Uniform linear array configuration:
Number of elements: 8
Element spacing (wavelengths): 0.25
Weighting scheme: hamming
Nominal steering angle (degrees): -15
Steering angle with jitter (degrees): -14.408
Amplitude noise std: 0.05
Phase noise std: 0.05

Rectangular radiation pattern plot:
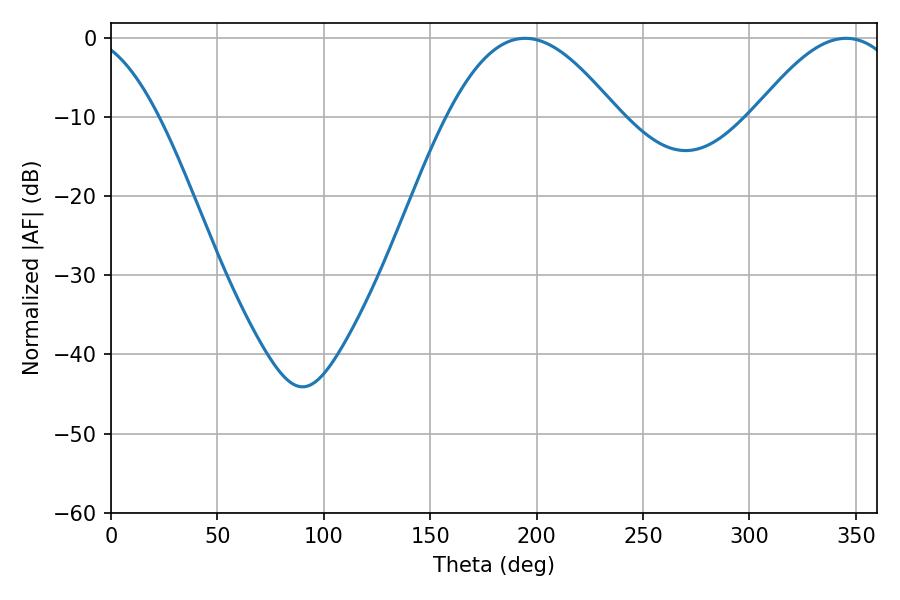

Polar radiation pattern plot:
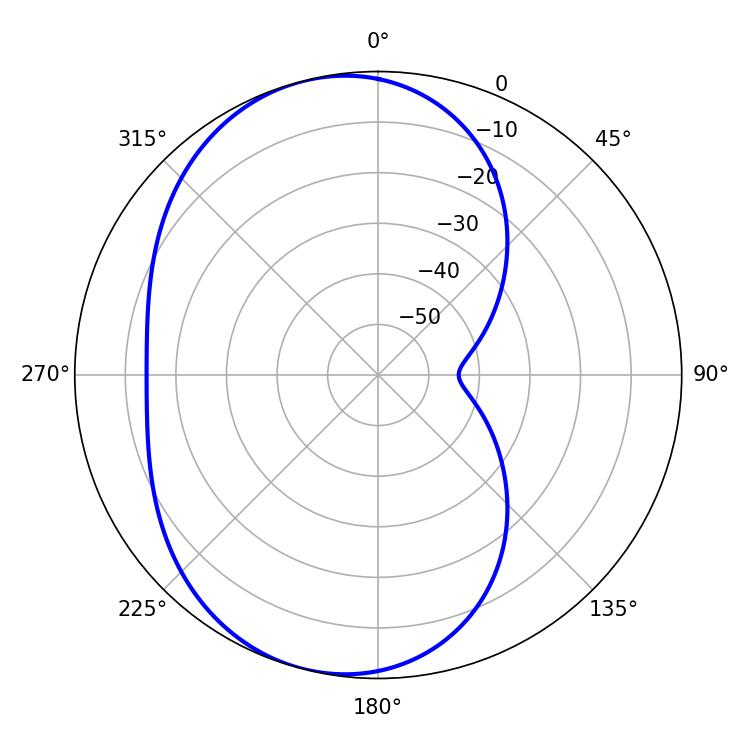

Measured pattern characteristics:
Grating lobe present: FALSE
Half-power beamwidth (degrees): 43.38
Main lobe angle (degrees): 194.58